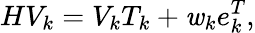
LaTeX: HV_{k}=V_{k}T_{k}+\mathit{w}_{k}e_{k}^{T},